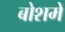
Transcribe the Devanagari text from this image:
बोशमें